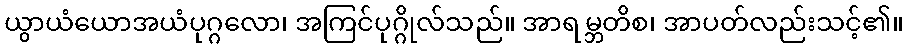
ယွာယံယောအယံပုဂ္ဂလော၊ အကြင်ပုဂ္ဂိုလ်သည်။ အာရမ္ဘတိစ၊ အာပတ်လည်းသင့်၏။